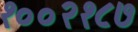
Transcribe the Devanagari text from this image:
१००२१८७